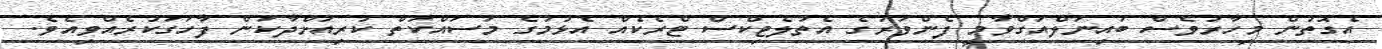
އެގޮތުން މިހާރުވެސް ބައިނަލްއަގްވާމީ ފެންވަރުގެ އެތުލެޓިކްސް ޓްރެކެއް އެޅުމުގެ މަސައްކަތް ކުރިއަށްދާކަން ފާހަގަކުރެއްވިއެވެ.